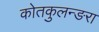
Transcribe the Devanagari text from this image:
कोतकुलन्ङरा